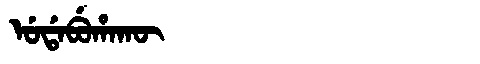
Manchu: ᡠᡩᠠᠪᡠᡥᠠᡴᡡ
Romanization: UDABUHAKŪ